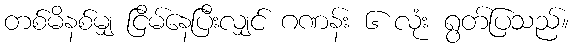
တစ်မိနစ်မျှ ငြိမ်နေပြီးလျှင် ဂဏန်း ၆ လုံး ရွတ်ပြသည်။